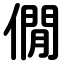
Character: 僩